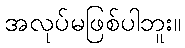
အလုပ်မဖြစ်ပါဘူး။